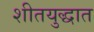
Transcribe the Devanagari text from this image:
शीतयुद्धात